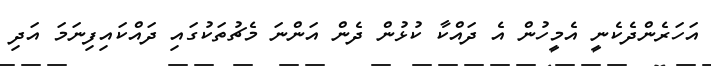
އަހަރެންދެކެނީ އެމީހުން އެ ދައްކާ ކުޅުން ދެން އަންނަ މެޗުތަކުގައި ދައްކައިފިނަމަ އަދި